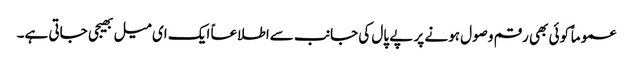
عموماً کوئی بھی رقم وصول ہونے پر پے پال کی جانب سےاطلاعاً ایک ای میل بھیجی جاتی ہے۔